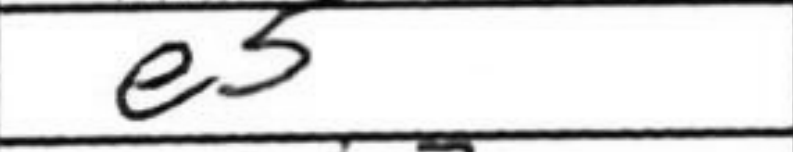
Transcription: e5